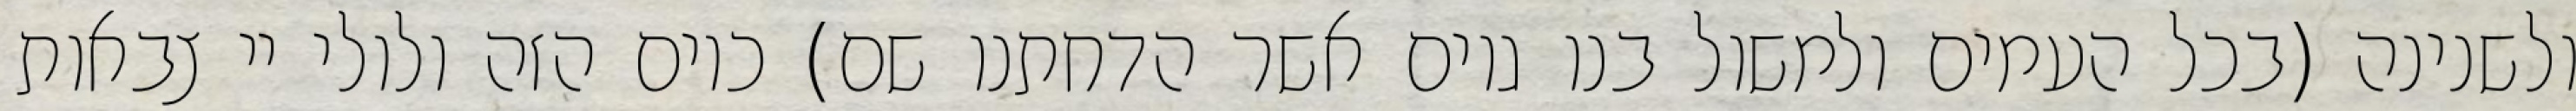
ולשנינה (בכל העמים ולמשול בנו גוים אשר הדחתנו שם) כיום הזה ולולי יי צבאות